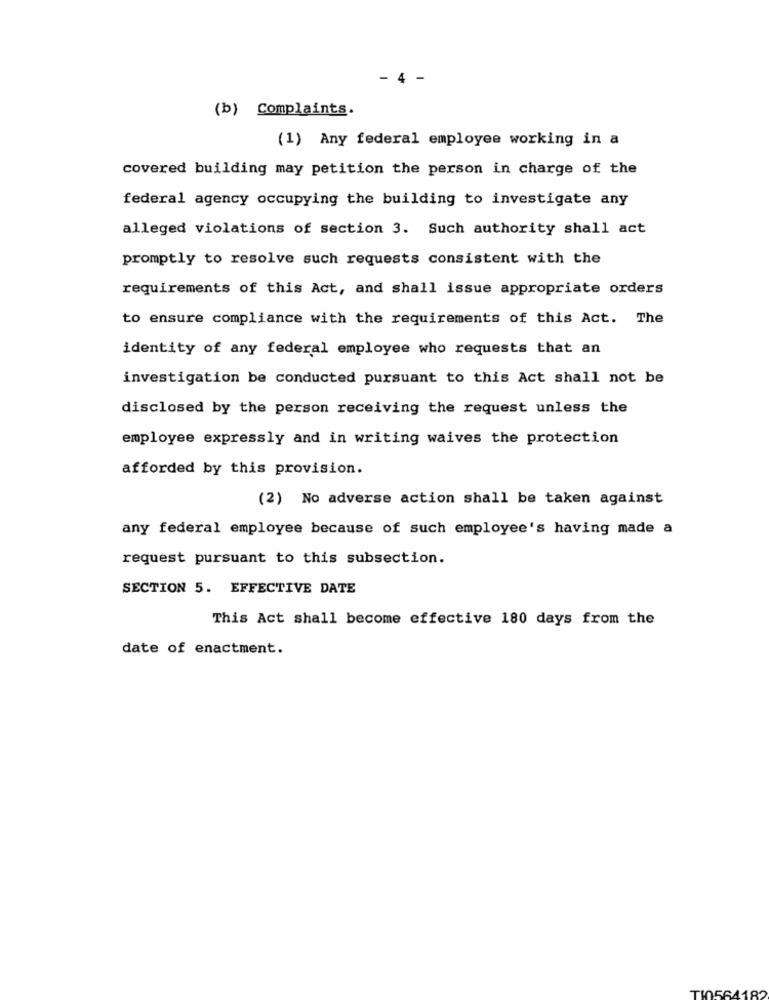
- 4 -
(b) Complaints.
(1) Any federal employee working in a
covered building may petition the person in charge of the
federal agency occupying the building to investigate any
alleged violations of section 3. Such authority shall act
promptly to resolve such requests consistent with the
requirements of this Act, and shall issue appropriate orders
to ensure compliance with the requirements of this Act. The
identity of any federal employee who requests that an
investigation be conducted pursuant to this Act shall not be
disclosed by the person receiving the request unless the
employee expressly and in writing waives the protection
afforded by this provision.
(2) No adverse action shall be taken against
any federal employee because of such employee's having made a
request pursuant to this subsection.
SECTION 5. EFFECTIVE DATE
This Act shall become effective 180 days from the
date of enactment.
TI0564182